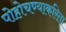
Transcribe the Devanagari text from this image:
पोहोचण्याकरिता